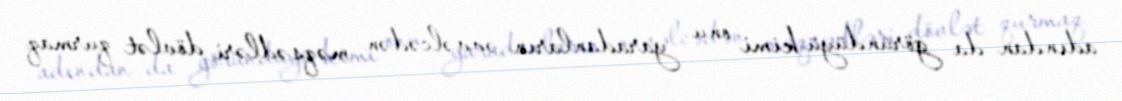
adından da göründüyü kimi onu yaradanların əvvəlcədən məqsədləri dövlət qurmaq